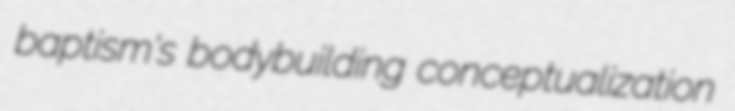
baptism's bodybuilding conceptualization